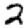
Digit: 2